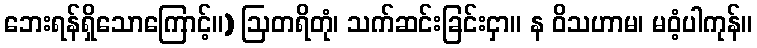
ဘေးရန်ရှိသောကြောင့်။) ဩတရိတုံ၊ သက်ဆင်းခြင်းငှာ။ န ဝိသဟာမ၊ မဝံ့ပါကုန်။